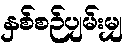
နှစ်စဉ်ပျမ်းမျှ